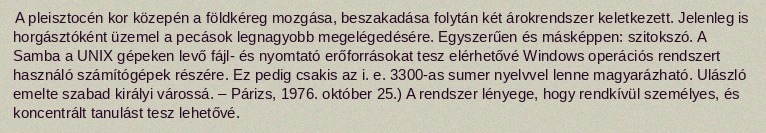
A pleisztocén kor közepén a földkéreg mozgása, beszakadása folytán két árokrendszer keletkezett. Jelenleg is horgásztóként üzemel a pecások legnagyobb megelégedésére. Egyszerűen és másképpen: szitokszó. A Samba a UNIX gépeken levő fájl- és nyomtató erőforrásokat tesz elérhetővé Windows operációs rendszert használó számítógépek részére. Ez pedig csakis az i. e. 3300-as sumer nyelvvel lenne magyarázható. Ulászló emelte szabad királyi várossá. – Párizs, 1976. október 25.) A rendszer lényege, hogy rendkívül személyes, és koncentrált tanulást tesz lehetővé.